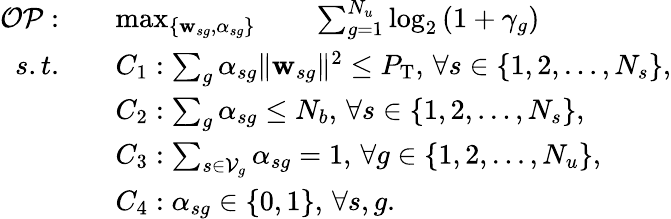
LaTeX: \begin{array}{rl}{\mathcal{OP}:\quad}&{\operatorname*{max}_{\{ \textbf{w}_{sg},\alpha_{sg}\} }\qquad\sum_{g=1}^{N_{u}}\log_{2}{(1+\gamma_{g})}}\\ {s.t.\quad}&{C_{1}:\sum_{g}\alpha_{sg}\| \textbf{w}_{sg}\| ^{2}\leq P_{\mathrm{T}},\, \forall s\in\{ 1,2,\dots,N_{s}\} ,}\\ &{C_{2}:\sum_{g}\alpha_{sg}\leq N_{b},\, \forall s\in\{ 1,2,\dots,N_{s}\} ,}\\ &{C_{3}:\sum_{s\in\mathcal{V}_{g}}\alpha_{sg}=1,\, \forall g\in\{ 1,2,\dots,N_{u}\} ,}\\ &{C_{4}:\alpha_{sg}\in\{ 0,1\} ,\, \forall s,g.}\end{array}